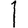
Digit: 1